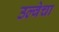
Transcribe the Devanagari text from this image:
उल्वेचा